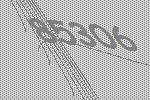
85306